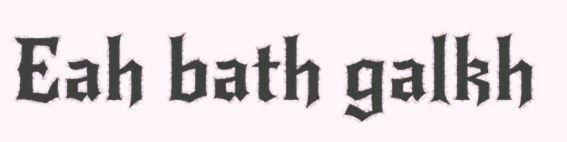
Eah bath galkh